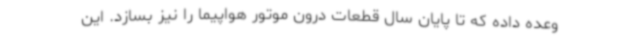
وعده داده که تا پایان سال قطعات درون موتور هواپیما را نیز بسازد. این